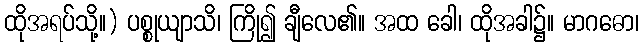
ထိုအရပ်သို့။) ပစ္စုယျာသိ၊ ကြို၍ ချီလေ၏။ အထ ခေါ၊ ထိုအခါ၌။ မာဂဓော၊